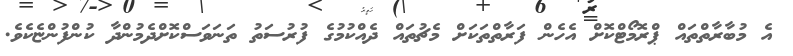
އެ މުބާރާތްތައް ޕްރޮމޯޓްކޮށް އެހެން ފަރާތްތަކަށް މެޗުތައް ދެއްކުމުގެ ފުރުސަތު ތަނަވަސްކޮށްދެމުންދާ ކުންފުންޏެކެވެ.